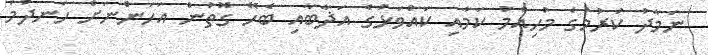
ނަމާދު ކުރުމުގެ މުހިއްމު ކަމާއި ކައްވަޅުގެ އަޛާބާއި ބެހޭ ގޮތުން އަހަންނަށް ހަނދުމަ